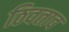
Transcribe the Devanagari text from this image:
ठिवताव